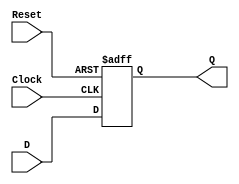
module q1(D, Clock, Reset, Q);
input D, Clock, Reset;
output Q;
reg Q;
always @(negedge Clock or posedge Reset)
	begin
		if(Reset)
			Q <= 0;
		else
			Q <= D;
	end
endmodule